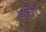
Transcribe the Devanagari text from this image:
खिरी।